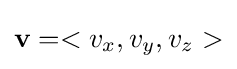
{\textbf {v}}=<v_{x},v_{y},v_{z}>